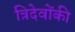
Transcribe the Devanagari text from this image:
त्रिदेवोंकी